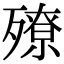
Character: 𣩢